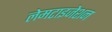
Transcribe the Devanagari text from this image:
लेमटाइजेशन